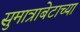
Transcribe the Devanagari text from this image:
सुमात्राबेटाच्या